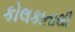
કોલકાતાથી